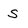
Character: S